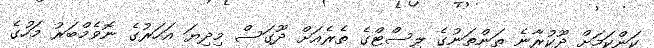
ކަންކަމަށް ދޫކުރާނެ ތަންތަނުގެ ލިސްޓްގެ ތެރެއަށް ދޫގަސް މިދިޔަ އަހަރުގެ ނޮވެމްބަރު މަހުގެ